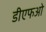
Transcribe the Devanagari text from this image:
डीएफओ